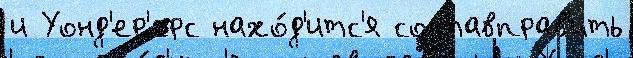
и Уонд'ер'ерс нахо́д'итс'я составправ'ить